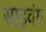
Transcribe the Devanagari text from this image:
साइवंग